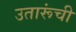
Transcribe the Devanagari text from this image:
उतारूंची